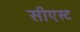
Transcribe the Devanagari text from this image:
सीएस्ट